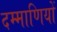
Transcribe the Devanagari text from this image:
दम्माणियों